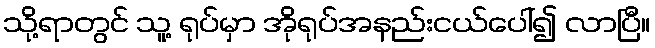
သို့ရာတွင် သူ့ ရုပ်မှာ အိုရုပ်အနည်းငယ်ပေါ်၍ လာပြီ။